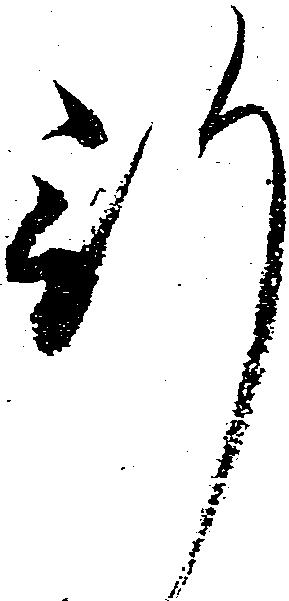
行